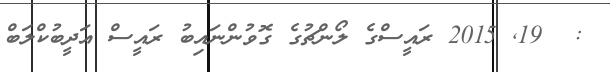
:  19